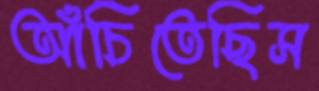
আঁচিতেছিস